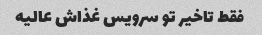
فقط تاخیر تو سرویس غذاش عالیه